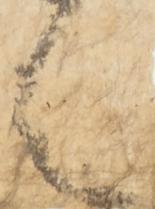
言